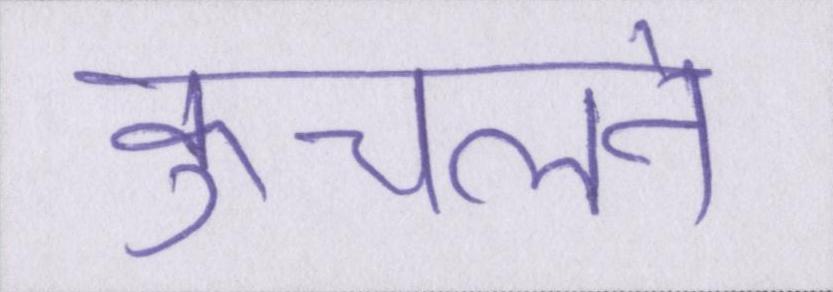
कुचलने